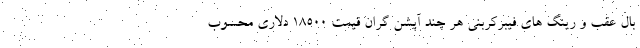
بال عقب و رینگ های فیبرکربنی هر چند آپشن گران قیمت 18500 دلاری محسوب